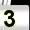
Digit: 3